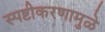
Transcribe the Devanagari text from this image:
स्पष्टीकरणामुळे